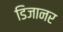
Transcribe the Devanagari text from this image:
डिजानर